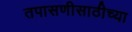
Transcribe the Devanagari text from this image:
तपासणीसाठीच्या